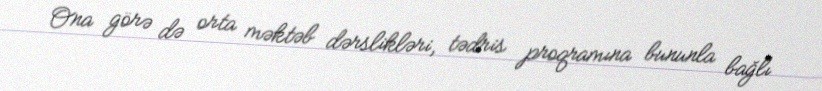
Ona görə də orta məktəb dərslikləri, tədris proqramına bununla bağlı